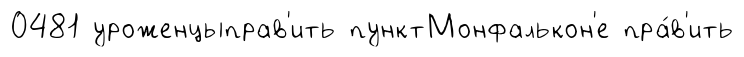
0481 уроженцыправ'ить пунктМонфалькон'е пра́в'ить